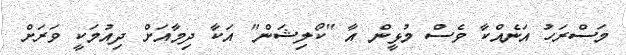
މަސްރަހު އަނެއްކާ ވެސް މުޅީން އާ "ކޯލިޝަން" އަކާ ދިމާއަށް ދިއުމަކީ ވަރަށް